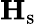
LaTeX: \mathbf{H}_{\mathrm{s}}